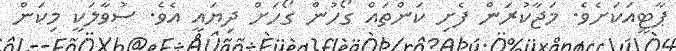
ޕާޓީއަކަށެވެ. މަޖާކުރަން ފެށި ކަންތައް ގޯހުން ގޯހަށް ދިޔައީ އެވެ. ސުވާލަކީ މިކަން